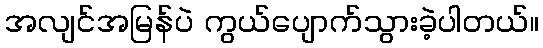
အလျင်အမြန်ပဲ ကွယ်ပျောက်သွားခဲ့ပါတယ်။